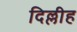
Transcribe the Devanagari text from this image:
दिल्लीह